Scottish Leaving Certificate Examination, 1959
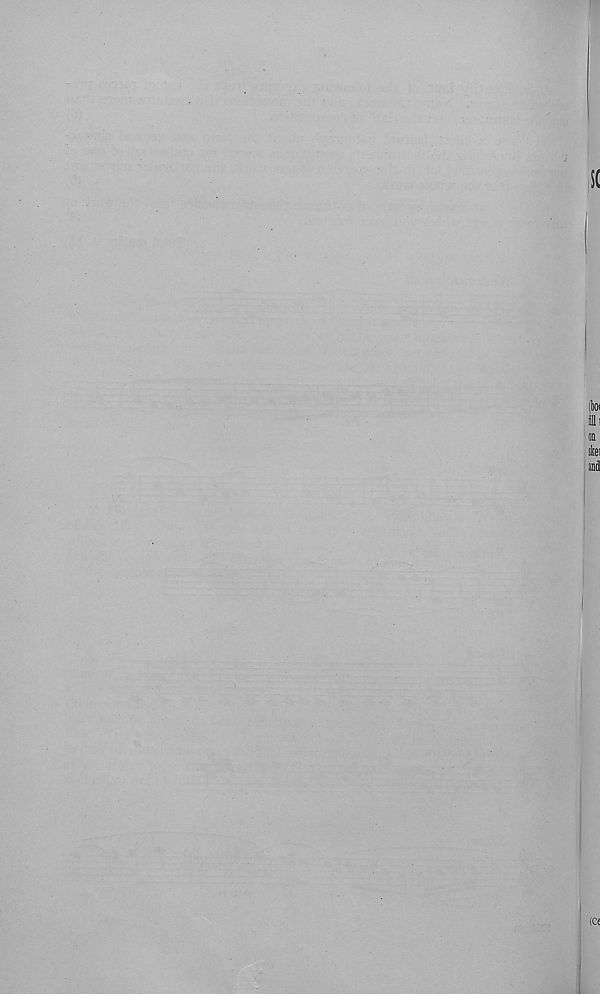
it
(1)01
SHi
D
to
md
(ce